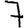
Digit: 7